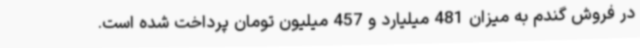
در فروش گندم به میزان 481 میلیارد و 457 میلیون تومان پرداخت شده است.